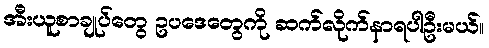
အီးယူစာချုပ်တွေ ဥပဒေတွေကို ဆက်လိုက်နာရပါဦးမယ်။